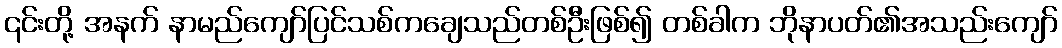
၎င်းတို့ အနက် နာမည်ကျော်ပြင်သစ်ကချေသည်တစ်ဦးဖြစ်၍ တစ်ခါက ဘိုနာပတ်၏အသည်းကျော်